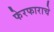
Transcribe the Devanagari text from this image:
फेरफाराचे